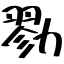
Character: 勠